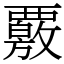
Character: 覈